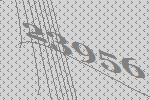
23956